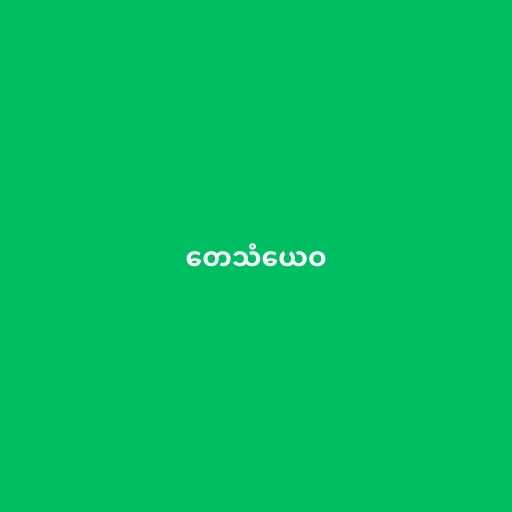
တေသံယေဝ